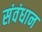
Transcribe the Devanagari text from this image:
संवंधान